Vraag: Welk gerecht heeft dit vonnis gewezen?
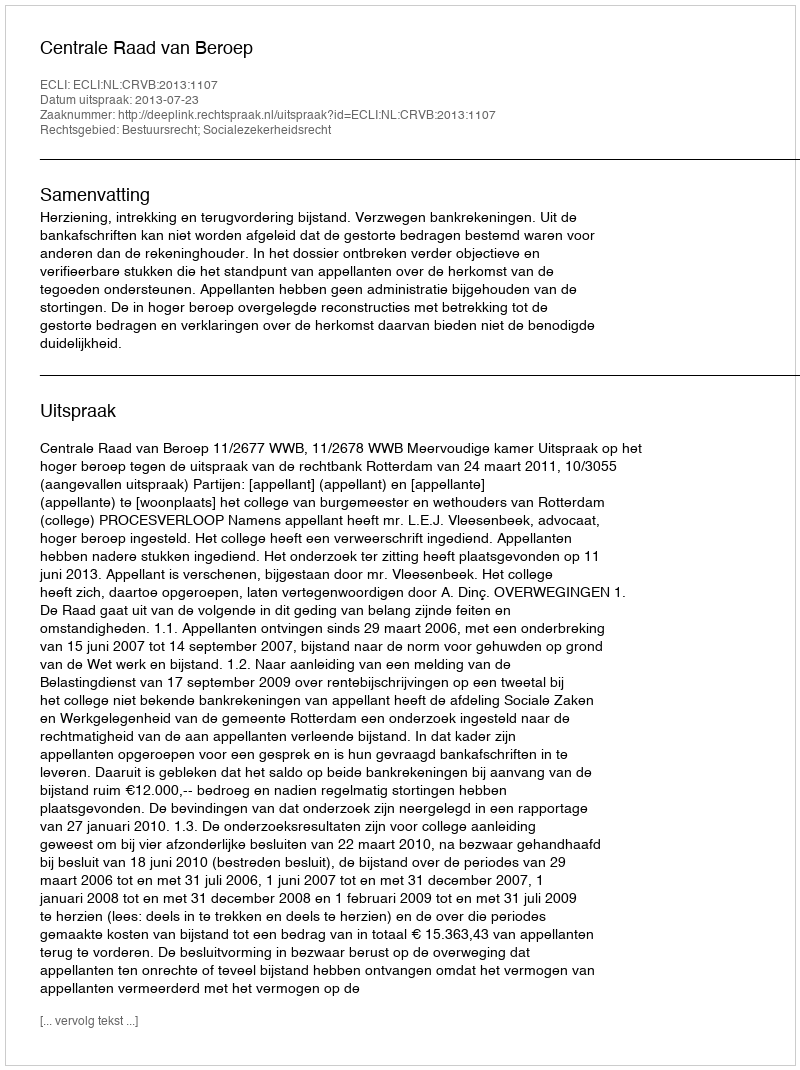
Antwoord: Centrale Raad van Beroep